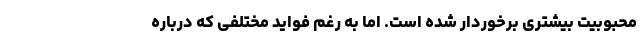
محبوبیت بیشتری برخوردار شده است. اما به رغم فواید مختلفی که درباره